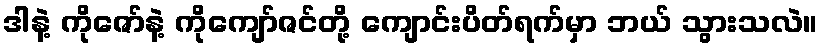
ဒါနဲ့ ကိုဇော်နဲ့ ကိုကျော်ဇင်တို့ ကျောင်းပိတ်ရက်မှာ ဘယ် သွားသလဲ။